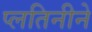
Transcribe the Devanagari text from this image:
प्लतिनीने